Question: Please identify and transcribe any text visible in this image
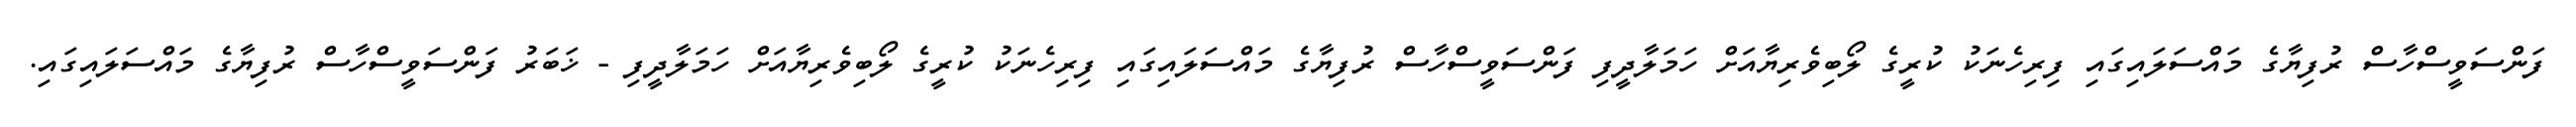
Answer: ފަންސަވީސްހާސް ރުފިޔާގެ މައްސަލައިގައި ފިރިހެނަކު ކުރީގެ ލޯބިވެރިޔާއަށް ހަމަލާދީފި ފަންސަވީސްހާސް ރުފިޔާގެ މައްސަލައިގައި ފިރިހެނަކު ކުރީގެ ލޯބިވެރިޔާއަށް ހަމަލާދީފި - ޚަބަރު ފަންސަވީސްހާސް ރުފިޔާގެ މައްސަލައިގައި.